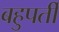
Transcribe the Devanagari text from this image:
बहुपर्ती